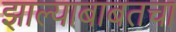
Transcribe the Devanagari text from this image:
झाल्याबाबतचा